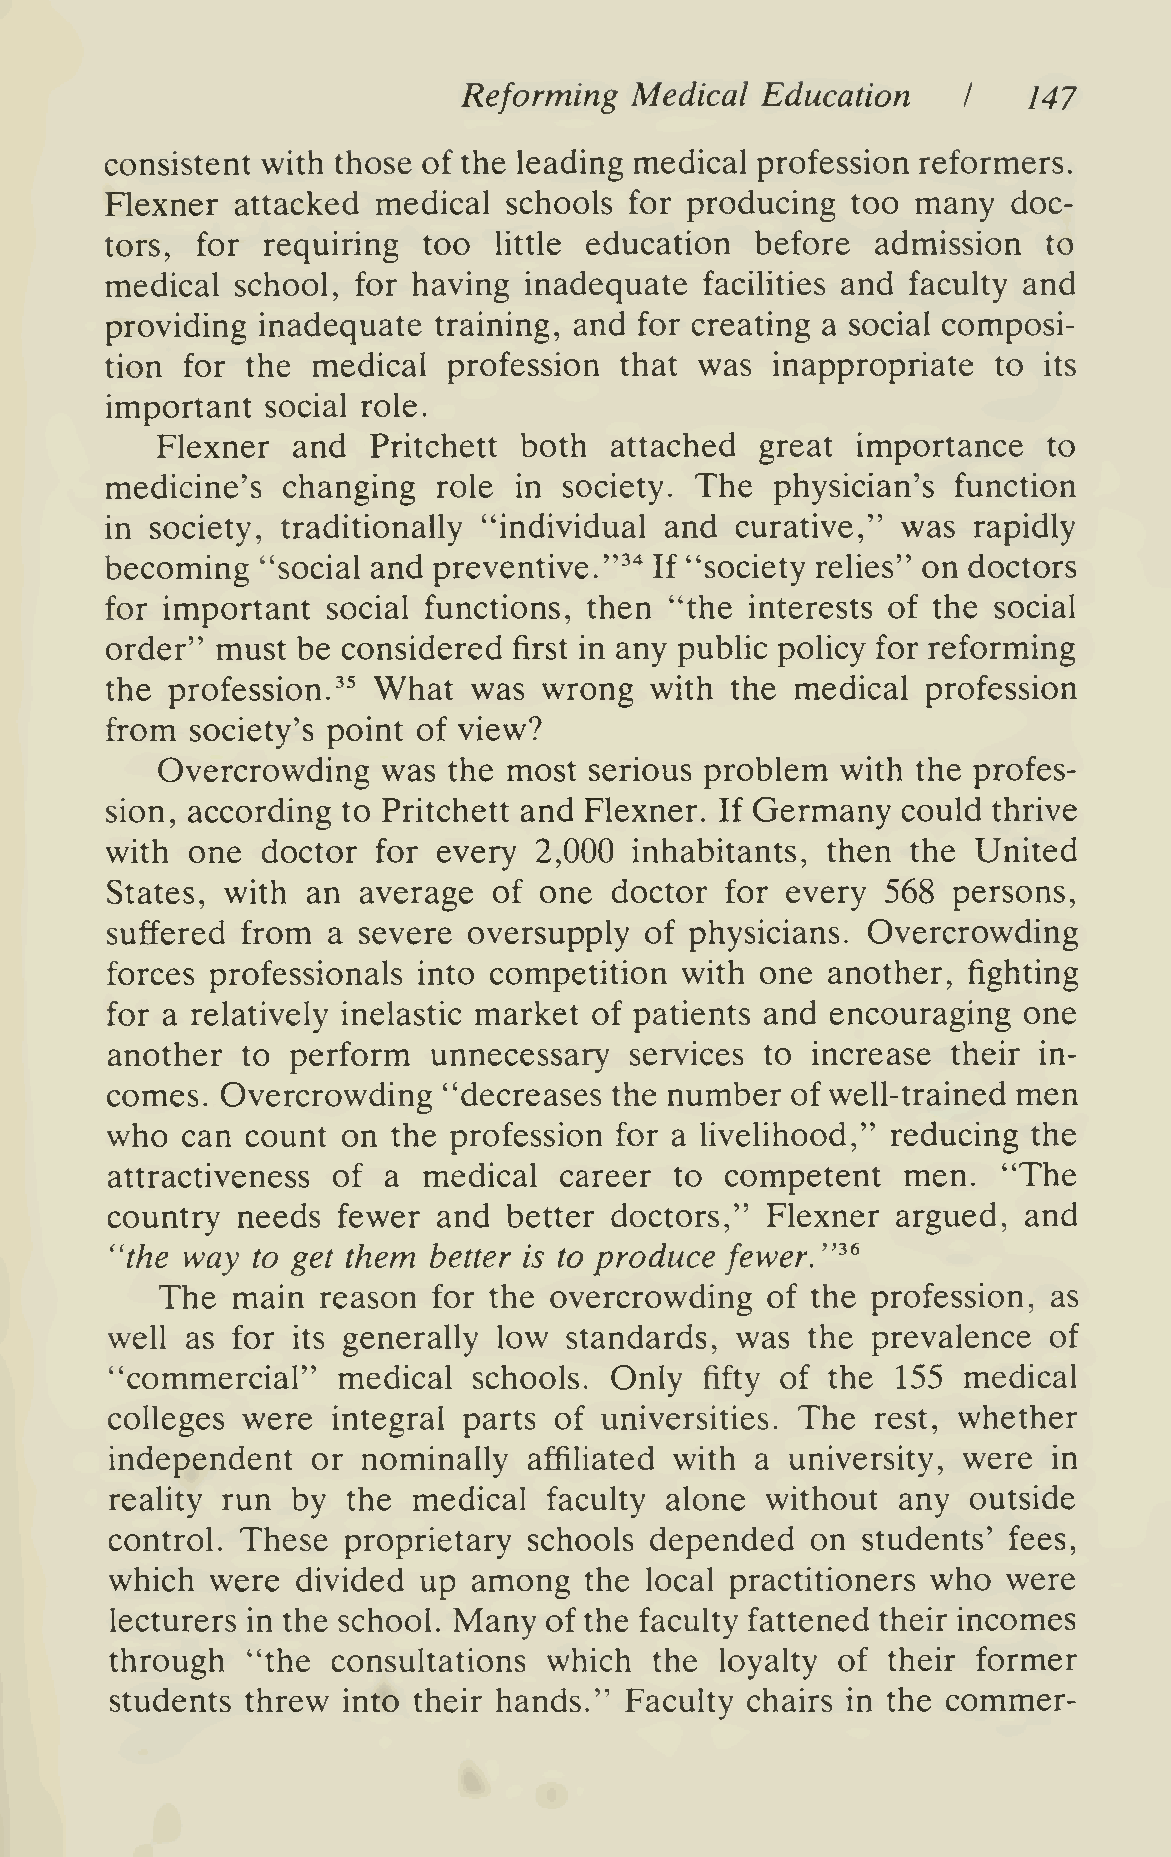
Reforming  Medical Education         147
 I
 consistent with those of the leading medical profession reformers.
 Flexner  attacked medical  schools for producing too  many  doc-
 tors, for requiring  too  little education before  admission  to
 medical  school, for having inadequate  facilities and faculty and
 providing inadequate  training, and for creating a social composi-
 tion for the  medical  profession that was  inappropriate  to its
 important  social role.
 Flexner  and   Pritchett both attached  great  importance  to
 medicine's  changing  role in society. The  physician's function
 in society, traditionally "individual and curative," was rapidly
 becoming  "social and preventive."^"^ If "society relies" on doctors
 for important  social functions, then "the interests of the social
 order" must  be considered first in any public policy for reforming
 the profession.^^ What  was  wrong  with the  medical profession
 from  society's point of view?
 Overcrowding   was  the most serious problem  with the profes-
 sion, according to Pritchett and Flexner. If Germany could thrive
 with  one doctor  for every 2,000  inhabitants, then the  United
 States, with an  average  of one  doctor for every  568 persons,
 suffered from  a severe oversupply  of physicians. Overcrowding
 forces professionals into competition with one  another, fighting
 for a relatively inelastic market of patients and encouraging one
 another  to perform   unnecessary  services to increase their in-
 comes.  Overcrowding  "decreases  the number of well-trained men
 who  can count  on the profession for a livelihood," reducing the
 attractiveness of a  medical  career  to competent   men.  "The
 country  needs fewer  and  better doctors," Flexner argued,  and
 ''the way to get them better is to produce fewer. "^^
 The  main  reason  for the overcrowding  of the profession, as
 well as for its generally low standards,  was the  prevalence of
 "commercial"   medical  schools. Only   fifty of the 155 medical
 colleges were  integral parts of universities. The rest, whether
 independent   or nominally  affiHated with a university, were  in
 reality run by  the medical  faculty alone  without any  outside
 control. These  proprietary schools depended   on students' fees,
 which  were  divided up among   the local practitioners who were
 lecturers in the school. Many of the faculty fattened their incomes
 through  "the  consultations which  the  loyalty of their former
 students threw  into their hands." Faculty chairs in the commer-